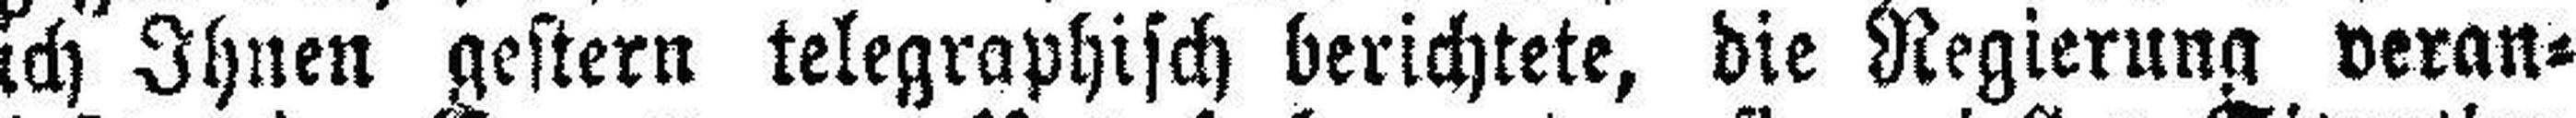
ich Ihnen gestern telegraphisch berichtete, die Regierung veran¬